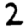
Digit: 2